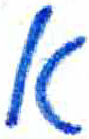
אות: א